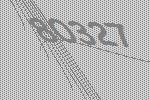
80327